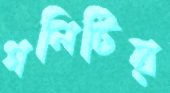
গলিটির